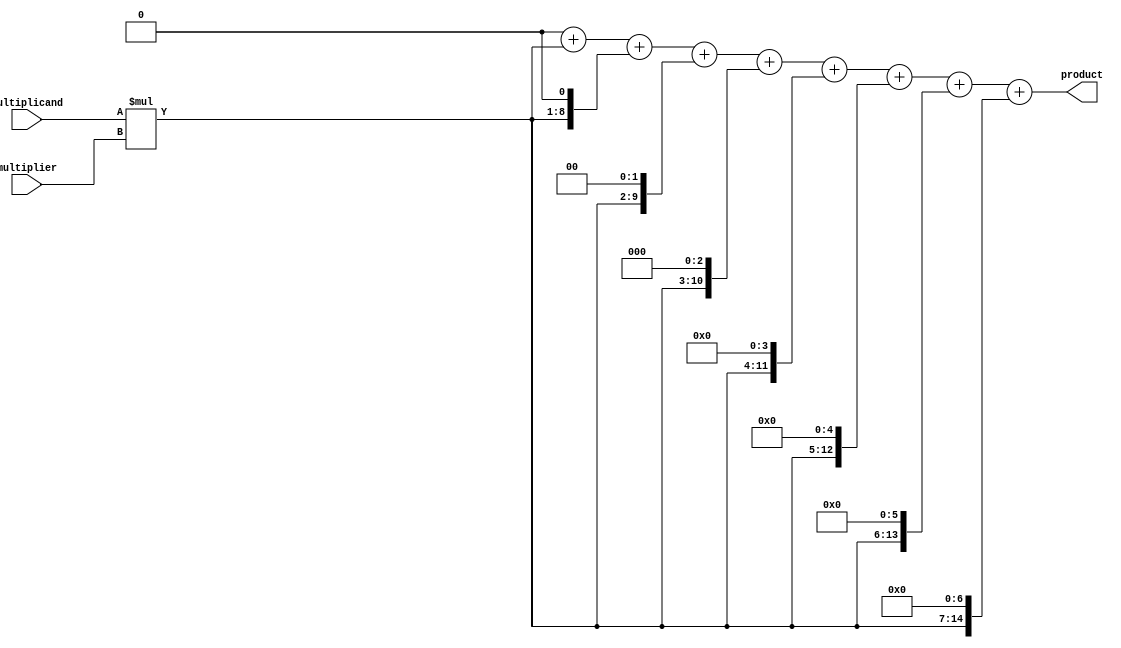
module unsigned_multiplier(
  input [7:0] multiplicand,
  input [7:0] multiplier,
  output reg [15:0] product
);

reg [7:0] partial_product;
reg [7:0] shift_count;

always @(*) begin
  partial_product = multiplicand * multiplier;
  shift_count = 0;
  product = 0;
  repeat(8) begin
    product = product + (partial_product << shift_count);
    shift_count = shift_count + 1;
  end
end

endmodule